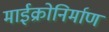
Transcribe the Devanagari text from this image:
माईक्रोनिर्माण